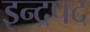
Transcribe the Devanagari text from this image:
इन्द्रपद